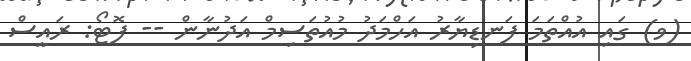
(ވ) ގައި އުއްތަމަ ފަނޑިޔާރު އަހްމަދު މުއުތަސިމް އަދުނާން -- ފޮޓޯ: ރައީސް